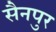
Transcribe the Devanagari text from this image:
सैनपुर